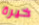
خيرة